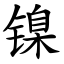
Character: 镍